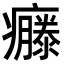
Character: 𤻴